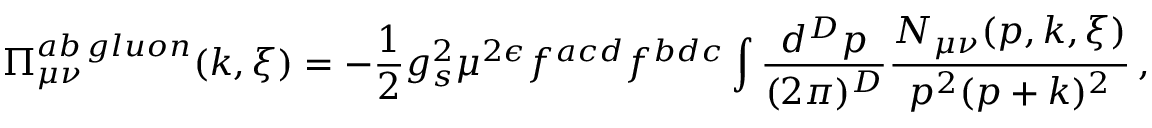
\Pi _ { \mu \nu } ^ { a b \, g l u o n } ( k , \xi ) = - { \frac { 1 } 2 } g _ { s } ^ { 2 } \mu ^ { 2 \epsilon } f ^ { a c d } f ^ { b d c } \int { \frac { d ^ { D } p } { ( 2 \pi ) ^ { D } } } { \frac { N _ { \mu \nu } ( p , k , \xi ) } { p ^ { 2 } ( p + k ) ^ { 2 } } } \, ,